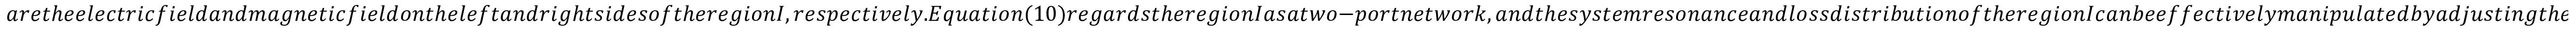
a r e t h e e l e c t r i c f i e l d a n d m a g n e t i c f i e l d o n t h e l e f t a n d r i g h t s i d e s o f t h e r e g i o n I , r e s p e c t i v e l y . E q u a t i o n ( 1 0 ) r e g a r d s t h e r e g i o n I a s a t w o - p o r t n e t w o r k , a n d t h e s y s t e m r e s o n a n c e a n d l o s s d i s t r i b u t i o n o f t h e r e g i o n I c a n b e e f f e c t i v e l y m a n i p u l a t e d b y a d j u s t i n g t h e v a l u e s o f